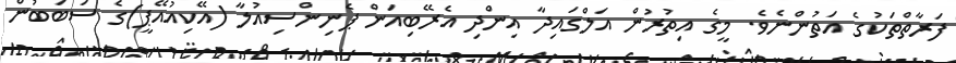
ފަރާތްތަކުގެ އަތުންނެވެ. މީގެ އިތުރުން އަލްގައިދާ އިންދި އެރޭބިއަން ޕެނިންސިއުލާ (އޭކިއުއޭޕީ)ގެ ސަބަބުން